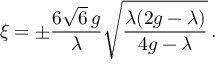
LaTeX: \xi = \pm \frac { 6 \sqrt { 6 } \, g } { \lambda } \sqrt { \frac { \lambda ( 2 g - \lambda ) } { 4 g - \lambda } } \, .